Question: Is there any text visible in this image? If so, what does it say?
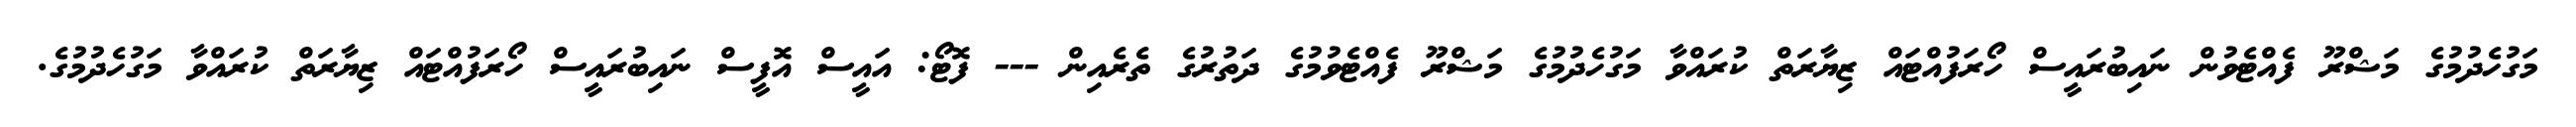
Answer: މަގުހެދުމުގެ މަޝްރޫ ފެއްޓެވުން ނައިބުރައީސް ހޯރަފުއްޓައް ޒިޔާރަތް ކުރައްވާ މަގުހެދުމުގެ މަޝްރޫ ފެއްޓެވުމުގެ ދަތުރުގެ ތެރެއިން --- ފޮޓޯ: އައީސް އޮފީސް ނައިބުރައީސް ހޯރަފުއްޓައް ޒިޔާރަތް ކުރައްވާ މަގުހެދުމުގެ.